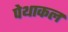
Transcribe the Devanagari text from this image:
पेथाकल